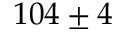
1 0 4 \pm 4